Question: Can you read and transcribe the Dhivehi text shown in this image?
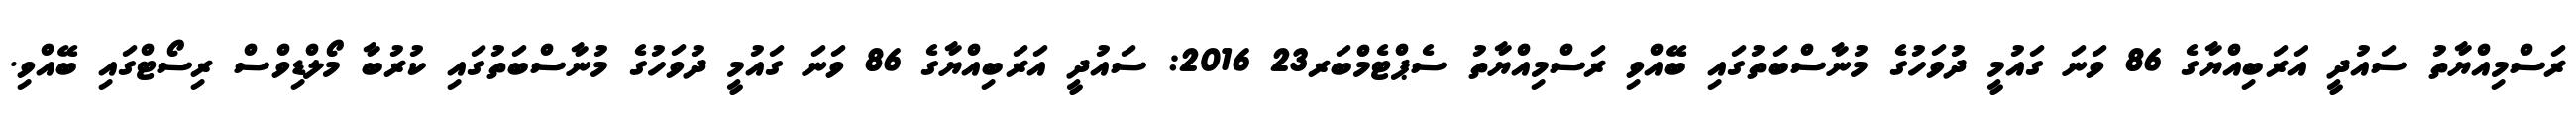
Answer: ރަސްމިއްޔާތު ސައުދީ އަރަބިއްޔާގެ 86 ވަނަ ގައުމީ ދުވަހުގެ މުނާސްބަތުގައި ބޭއްވި ރަސްމިއްޔާތު ސެޕްޓެމްބަރ23 2016: ސައުދީ އަރަބިއްޔާގެ 86 ވަނަ ގައުމީ ދުވަހުގެ މުނާސްބަތުގައި ކުރުބާ މޯލްޑިވްސް ރިސޯޓްގައި ބޭއްވި.